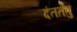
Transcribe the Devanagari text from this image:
दंततंतु